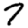
Digit: 7